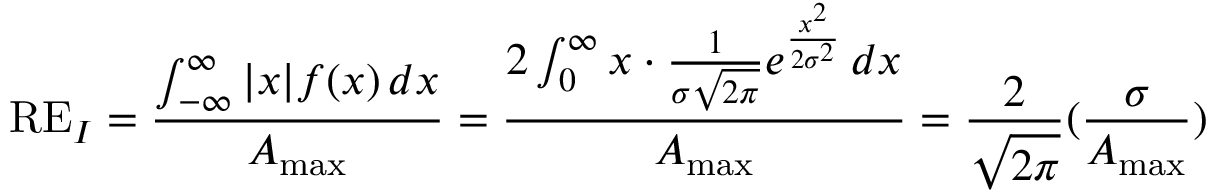
\mathrm { R E } _ { I } = \frac { \int _ { - \infty } ^ { \infty } \vert x \vert f ( x ) \, d x } { A _ { \operatorname* { m a x } } } = \frac { 2 \int _ { 0 } ^ { \infty } x \cdot \frac { 1 } { \sigma \sqrt { 2 \pi } } e ^ { \frac { x ^ { 2 } } { 2 \sigma ^ { 2 } } } \, d x } { A _ { \operatorname* { m a x } } } = \frac { 2 } { \sqrt { 2 \pi } } ( \frac { \sigma } { A _ { \operatorname* { m a x } } } )